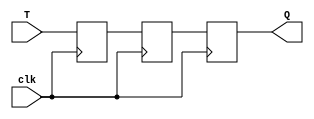
module t_flip_flop(input wire T, input wire clk, output reg Q);

reg D1, D2;
wire Q1;

assign Q1 = D1;

always @(posedge clk) begin
    D1 <= T;
    D2 <= Q1;
end

always @(posedge clk) begin
    Q <= D2;
end

endmodule